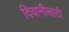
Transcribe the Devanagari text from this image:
दिवानीसाठी